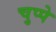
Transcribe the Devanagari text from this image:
चुप्पे